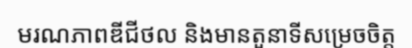
មរណភាពឌីជីថល និងមានតួនាទីសម្រេចចិត្ត